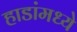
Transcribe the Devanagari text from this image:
हाडांमध्ये